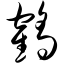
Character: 鹤